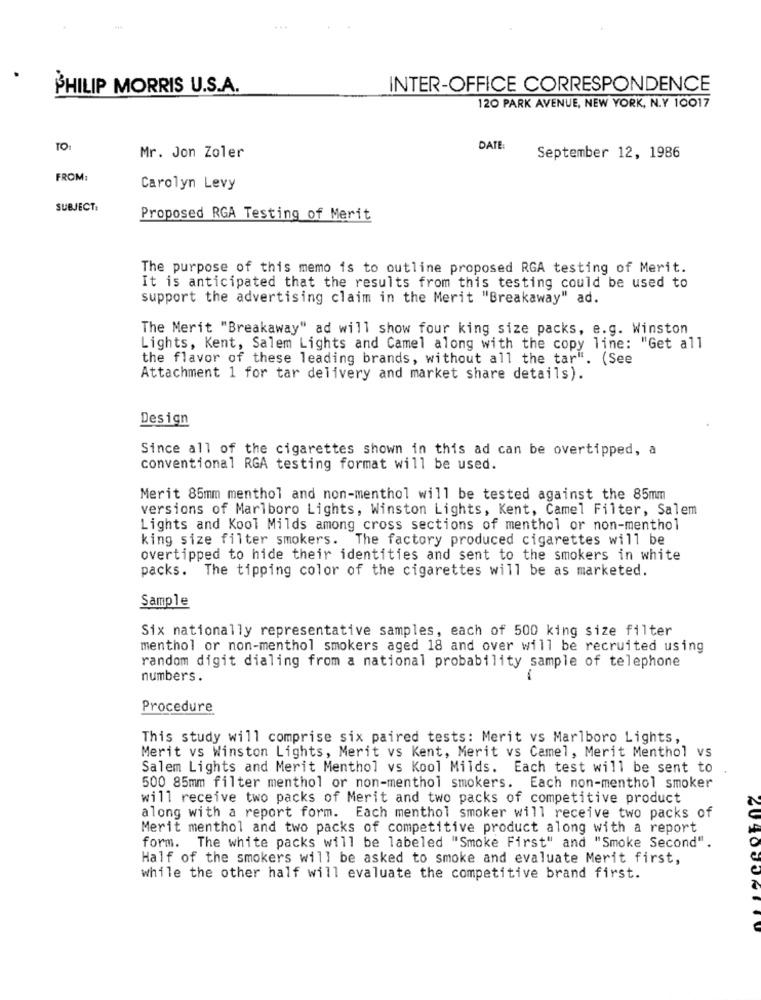
PHILIP MORRIS U.S.A.
INTER-OFFICE CORRESPONDENCE
120 PARK AVENUE, NEW YORK, N.Y 10017
TO:
DATE:
Mr. Jon Zoler
September 12, 1986
FROM:
Carolyn Levy
SUBJECT:
Proposed RGA Testing of Merit
The purpose of this memo is to outline proposed RGA testing of Merit.
It is anticipated that the results from this testing could be used to
support the advertising claim in the Merit "Breakaway" ad.
The Merit "Breakaway" ad will show four king size packs, e.g. Winston
Lights, Kent, Salem Lights and Camel along with the copy line: "Get all
the flavor of these leading brands, without all the tar". (See
Attachment 1 for tar delivery and market share details).
Design
Since all of the cigarettes shown in this ad can be overtipped, a
conventional RGA testing format will be used.
Merit 85mm menthol and non-menthol will be tested against the 85mm
versions of Marlboro Lights, Winston Lights, Kent, Camel Filter, Salem
Lights and Kool Milds among cross sections of menthol or non-menthol
king size filter smokers. The factory produced cigarettes will be
overtipped to hide their identities and sent to the smokers in white
packs. The tipping color of the cigarettes will be as marketed.
Sample
Six nationally representative samples, each of 500 king size filter
menthol or non-menthol smokers aged 18 and over will be recruited using
random digit dialing from a national probability sample of telephone
numbers.
Procedure
This study will comprise six paired tests: Merit vs Marlboro Lights,
Merit vs Winston Lights, Merit vs Kent, Merit vs Camel, Merit Menthol vs
Salem Lights and Merit Menthol vs Kool Milds. Each test will be sent to
500 85mm filter menthol or non-menthol smokers. Each non-menthol smoker
will receive two packs of Merit and two packs of competitive product
along with a report form. Each menthol smoker will receive two packs of
Merit menthol and two packs of competitive product along with a report
form. The white packs will be labeled "Smoke First" and "Smoke Second".
Half of the smokers will be asked to smoke and evaluate Merit first,
while the other half will evaluate the competitive brand first.